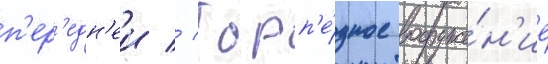
п'ер'едн'еи // Торп'е́дное вооруже́н'ие